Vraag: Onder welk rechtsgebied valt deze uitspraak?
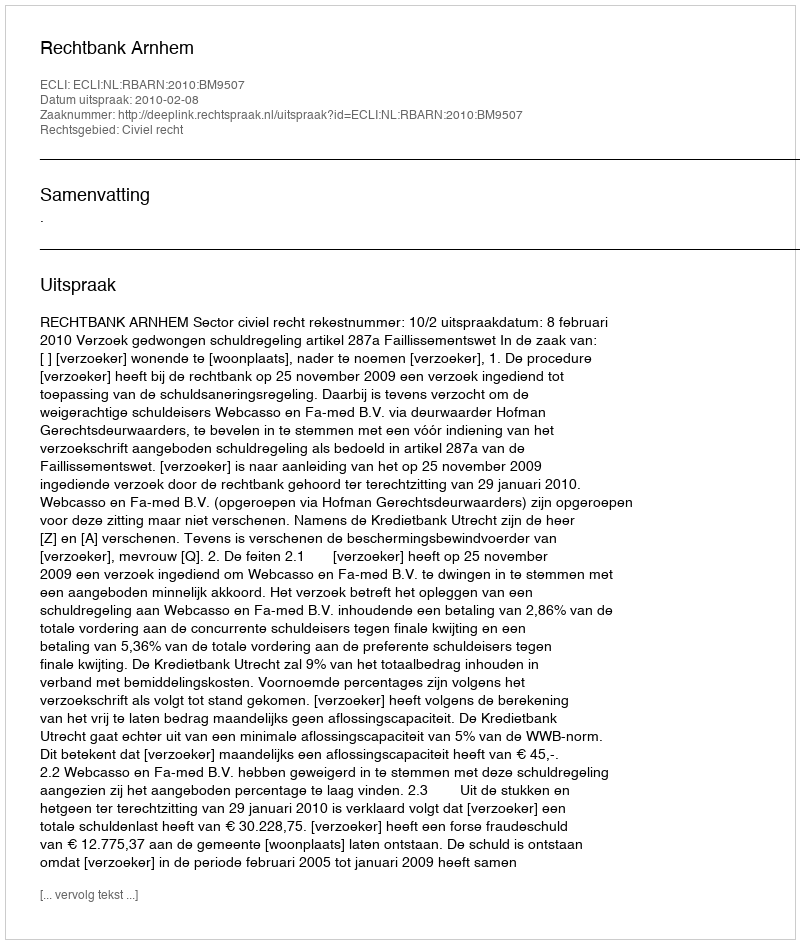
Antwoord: Civiel recht